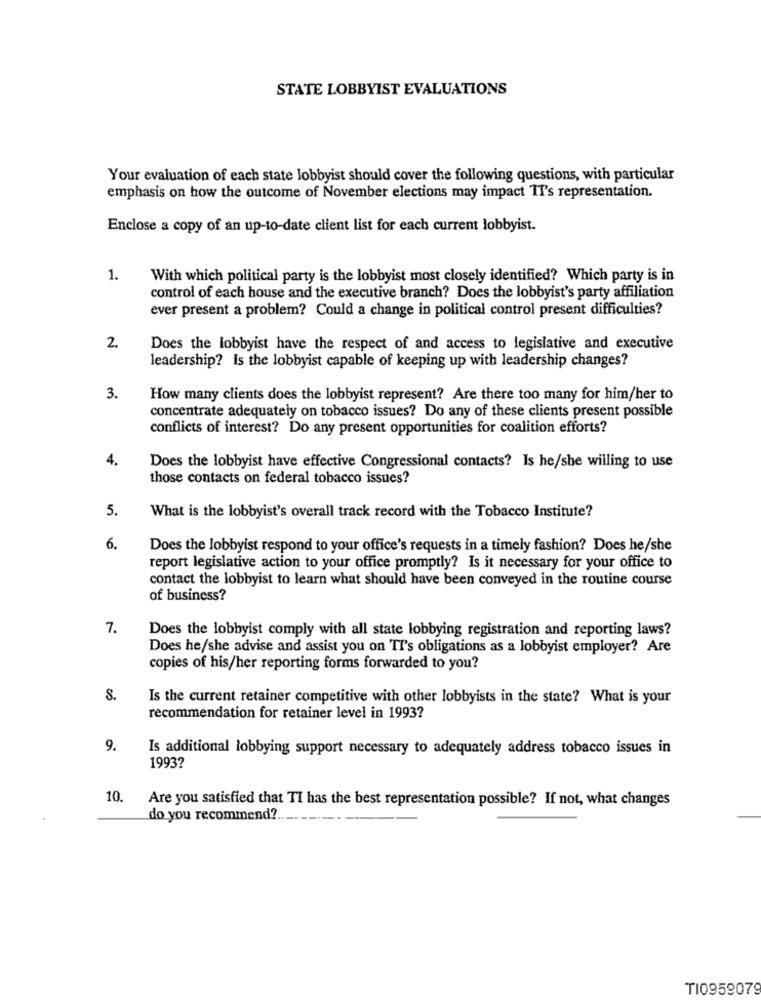
STATE LOBBYIST EVALUATIONS
Your evaluation of each state lobbyist should cover the following questions, with particular
emphasis on how the outcome of November elections may impact TT's representation.
Enclose a copy of an up-to-date client list for each current lobbyist.
1.
With which political party is the lobbyist most closely identified? Which party is in
control of each house and the executive branch? Does the lobbyist's party affiliation
ever present a problem? Could a change in political control present difficulties?
2.
Does the lobbyist have the respect of and access to legislative and executive
leadership? Is the lobbyist capable of keeping up with leadership changes?
3.
How many clients does the lobbyist represent? Are there too many for him/her to
concentrate adequately on tobacco issues? Do any of these clients present possible
conflicts of interest? Do any present opportunities for coalition efforts?
4.
Does the lobbyist have effective Congressional contacts? Is he/she willing to use
those contacts on federal tobacco issues?
5.
What is the lobbyist's overall track record with the Tobacco Institute?
6.
Does the lobbyist respond to your office's requests in a timely fashion? Does he/she
report legislative action to your office promptly? Is it necessary for your office to
contact the lobbyist to learn what should have been conveyed in the routine course
of business?
7.
Does the lobbyist comply with all state lobbying registration and reporting laws?
Does he/she advise and assist you on TT's obligations as a lobbyist employer? Are
copies of his/her reporting forms forwarded to you?
S.
Is the current retainer competitive with other lobbyists in the state? What is your
recommendation for retainer level in 1993?
9.
Is additional lobbying support necessary to adequately address tobacco issues in
1993?
10.
Are you satisfied that TI has the best representation possible? If not, what changes
do you recommend ?..
TI0959079